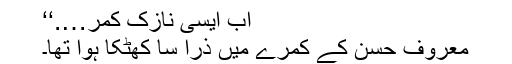
اب ایسی نازک کمر….‘‘
معروف حسن کے کمرے میں ذرا سا کھٹکا ہوا تھا۔